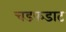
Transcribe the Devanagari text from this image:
चडफडाट